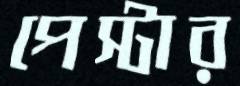
পেস্টার